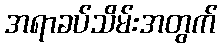
အရာခပ်သိမ်းအတွက်